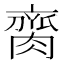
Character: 䐡